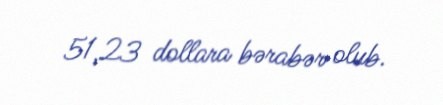
51,23 dollara bərabər olub.